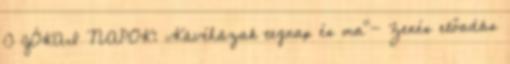
0 JÓKAI NAPOK: „Kávéházak tegnap és ma”- Zenés előadás